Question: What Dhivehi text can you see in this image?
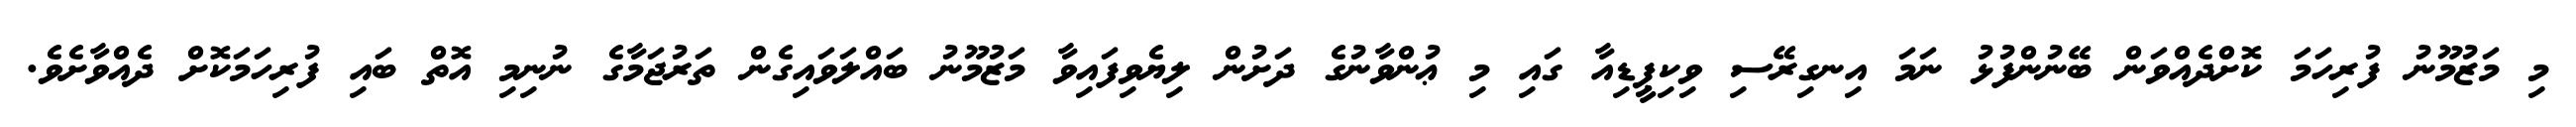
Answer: މި މަޒުމޫނު ފުރިހަމަ ކޮށްދެއްވަން ބޭނުންފުޅު ނަމަ އިނގިރޭސި ވިކިޕީޑިއާ ގައި މި ޢުންވާނުގެ ދަށުން ލިޔެވިފައިވާ މަޒުމޫނު ބައްލަވައިގެން ތަރުޖަމާގެ ނުނިމި އޮތް ބައި ފުރިހަމަކޮށް ދެއްވާށެވެ.